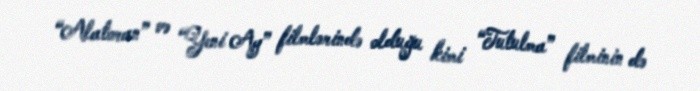
“Alatoran” və “Yeni Ay” filmlərində olduğu kimi “Tutulma” filminin də